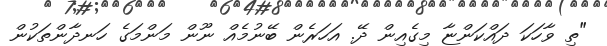
"ތި ވާހަކަ ދައްކަންޏާ މިގެއިން ދޭ. އަހަރެން ބޭނުމެއް ނޫން މަންމަގެ ހަނދާންތަކުން